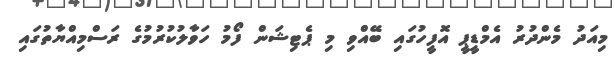
މިއަދު މެންދުރު އެމްޑީޕީ އޮފީހުގައި ބޭއްވި މި ޕެޓިޝަން ފޯމު ހަވާލުކުރުމުގެ ރަސްމިއްޔާތުގައި